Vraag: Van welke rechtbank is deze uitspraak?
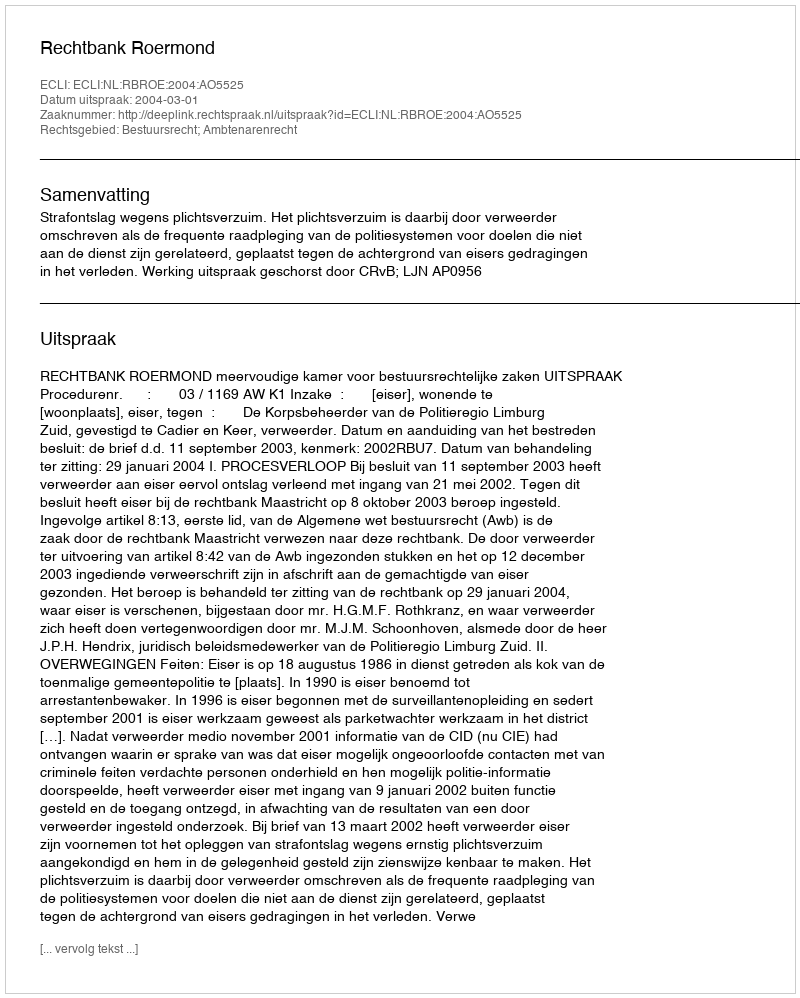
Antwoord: Rechtbank Roermond